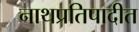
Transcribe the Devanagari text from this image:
नाथप्रतिपादीत